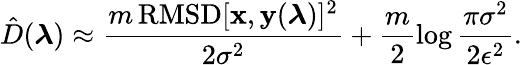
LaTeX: \hat{D}(\boldsymbol{\lambda})\approx\frac{m\, \mathrm{RMSD}[\mathbf{x},\mathbf{y}(\boldsymbol{\lambda})]^{2}}{2\sigma^{2}}+\frac{m}{2}\log\frac{\pi\sigma^{2}}{2\epsilon^{2}}.